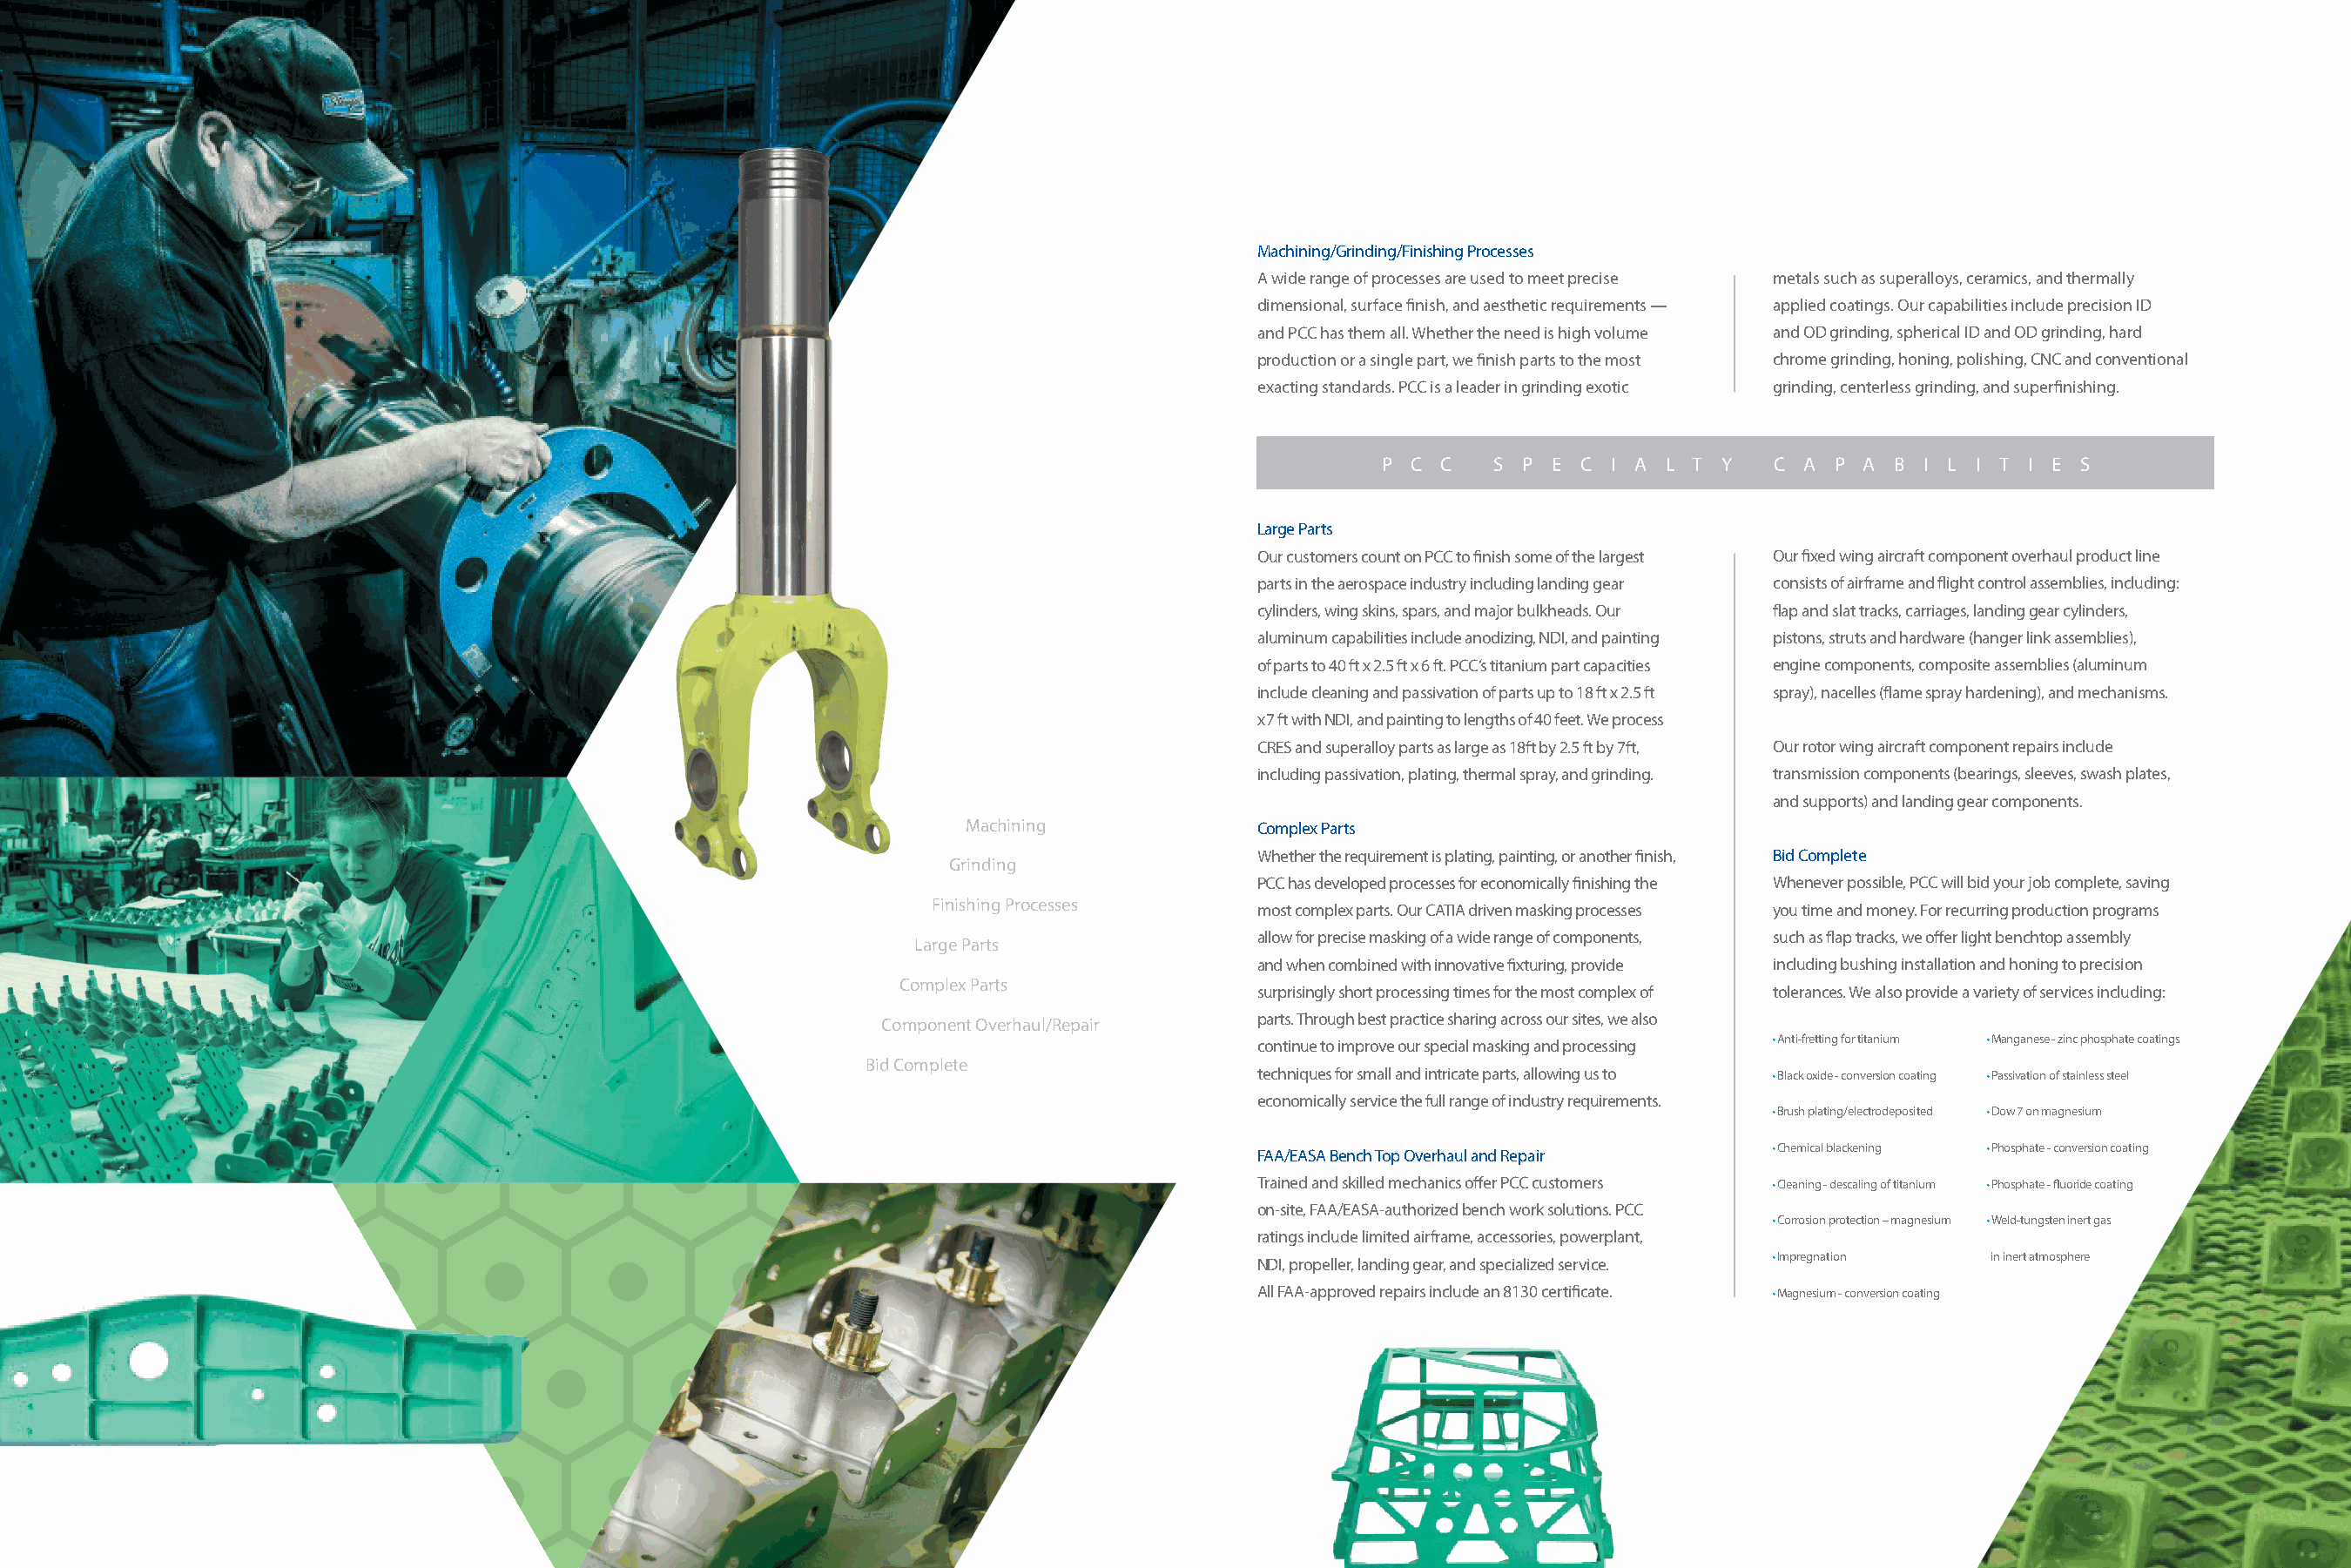
Machining/Grinding/Finishing Processes
 A wide range of processes are used to meet precise metals such as superalloys, ceramics, and thermally
 dimensional, surface finish, and aesthetic requirements — applied coatings. Our capabilities include precision ID
 and PCC has them all. Whether the need is high volume and OD grinding, spherical ID and OD grinding, hard
 production or a single part, we finish parts to the most chrome grinding, honing, polishing, CNC and conventional
 exacting standards. PCC is a leader in grinding exotic grinding, centerless grinding, and superfinishing.
 P C  C   S P E C  I A L T Y   C A  P A B I L I T I E S
 Large Parts
 Our customers count on PCC to finish some of the largest Our fixed wing aircraft component overhaul product line
 parts in the aerospace industry including landing gear consists of airframe and flight control assemblies, including:
 cylinders, wing skins, spars, and major bulkheads. Our flap and slat tracks, carriages, landing gear cylinders,
 aluminum capabilities include anodizing, NDI, and painting pistons, struts and hardware (hanger link assemblies),
 of parts to 40 ft x 2.5 ft x 6 ft. PCC’s titanium part capacities engine components, composite assemblies (aluminum
 include cleaning and passivation of parts up to 18 ft x 2.5 ft spray), nacelles (flame spray hardening), and mechanisms.
 x 7 ft with NDI, and painting to lengths of 40 feet. We process
 CRES and superalloy parts as large as 18ft by 2.5 ft by 7ft, Our rotor wing aircraft component repairs include
 including passivation, plating, thermal spray, and grinding. transmission components (bearings, sleeves, swash plates,
 and supports) and landing gear components.
 Machining              Complex Parts
 Whether the requirement is plating, painting, or another finish, Bid Complete
 Grinding
 PCC has developed processes for economically finishing the Whenever possible, PCC will bid your job complete, saving
 Finishing Processes      most complex parts. Our CATIA driven masking processes you time and money. For recurring production programs
 allow for precise masking of a wide range of components, such as flap tracks, we offer light benchtop assembly
 Large Parts
 and when combined with innovative fixturing, provide including bushing installation and honing to precision
 Complex Parts
 surprisingly short processing times for the most complex of tolerances. We also provide a variety of services including:
 Component Overhaul/Repair    parts. Through best practice sharing across our sites, we also
 • Anti-fretting for titanium • Manganese - zinc phosphate coatings
 continue to improve our special masking and processing
 Bid Complete
 techniques for small and intricate parts, allowing us to • Black oxide - conversion coating • Passivation of stainless steel
 economically service the full range of industry requirements.
 • Brush plating/electrodeposited • Dow 7 on magnesium
 • Chemical blackening • Phosphate - conversion coating
 FAA/EASA Bench Top Overhaul and Repair
 Trained and skilled mechanics offer PCC customers • Cleaning - descaling of titanium • Phosphate - fluoride coating
 on-site, FAA/EASA-authorized bench work solutions. PCC
 • Corrosion protection – magnesium • Weld-tungsten inert gas
 ratings include limited airframe, accessories, powerplant,
 • Impregnation  in inert atmosphere
 NDI, propeller, landing gear, and specialized service.
 All FAA-approved repairs include an 8130 certificate. • Magnesium - conversion coating